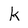
Character: k